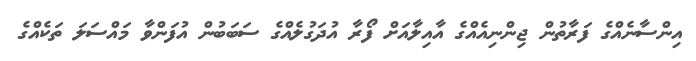
އިންސާނެއްގެ ފަރާތުން ޖިންނިއެއްގެ އާއިލާއަށް ފޯރާ އުދަގުލެއްގެ ސަބަބުން އުފަންވާ މައްސަލަ ތަކެއްގެ